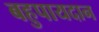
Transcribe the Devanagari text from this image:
बहुपायदान